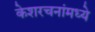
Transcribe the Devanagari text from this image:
केशरचनांमध्ये